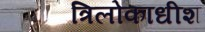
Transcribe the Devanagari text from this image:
त्रिलोकाधीश